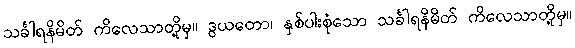
သင်္ခါရနိမိတ် ကိလေသာတို့မှ။ ဒွယတော၊ နှစ်ပါးစုံသော သင်္ခါရနိမိတ် ကိလေသာတို့မှ။